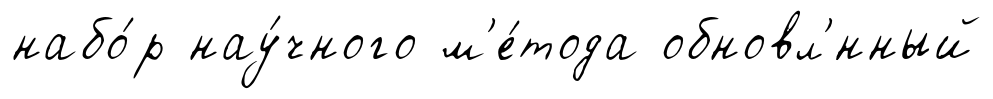
набо́р нау́чного м'е́тода обновл'́нный